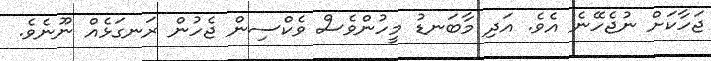
ޖަހާކަށް ނުޖެހޭނެ އެވެ. އަދި މާބަނޑު މީހުންވެސް ވެކްސިން ޖެހުން ރަނގަޅެއް ނޫނެވެ.